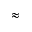
\approx